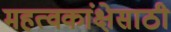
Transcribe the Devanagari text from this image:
महत्वकांक्षेसाठी